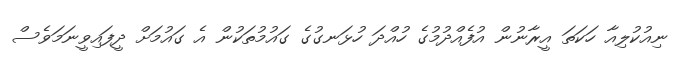
ނިއުކުލިއާ ހަކަތަ އީރާނުން އުފެއްދުމުގެ ހުއްދަ ހުޅަނގުގެ ގައުމުތަކުން އެ ގައުމަށް ދީފައިވީނަމަވެސް